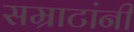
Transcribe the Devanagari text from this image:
सम्राटांनीं